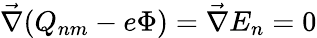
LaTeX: \vec{\nabla}(Q_{nm}-e\Phi)=\vec{\nabla}E_{n}=0